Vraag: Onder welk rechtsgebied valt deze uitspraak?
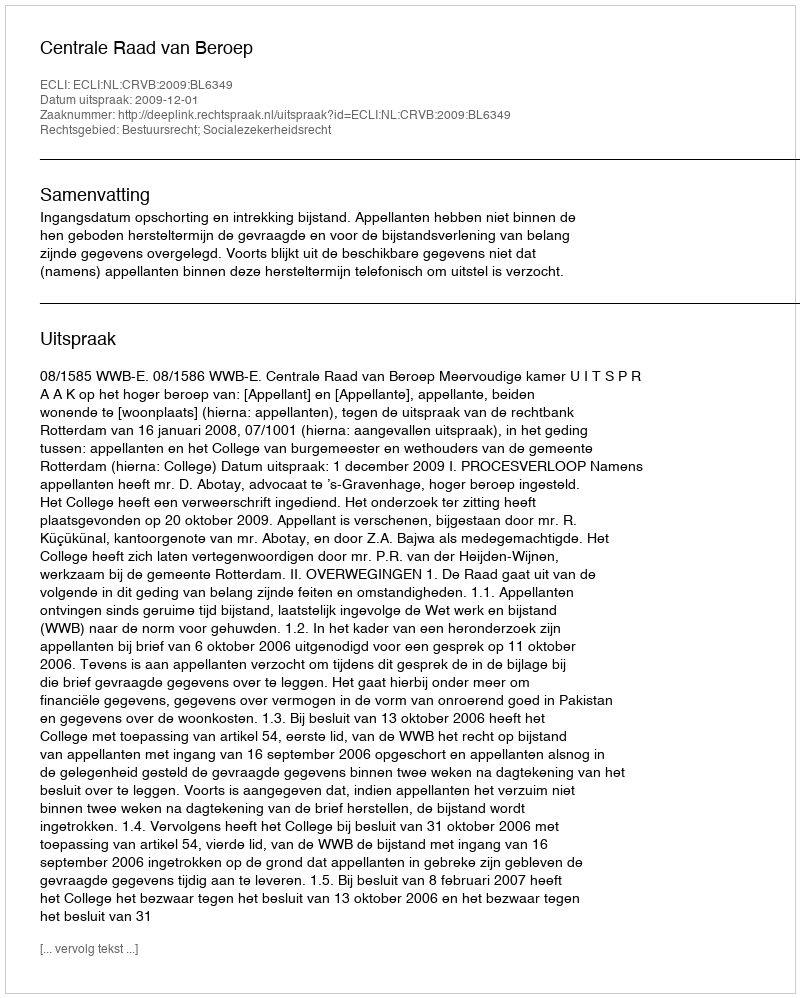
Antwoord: Bestuursrecht; Socialezekerheidsrecht